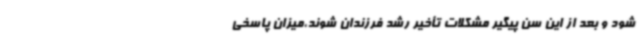
شود و بعد از این سن پیگیر مشکلات تأخیر رشد فرزندان شوند،میزان پاسخی